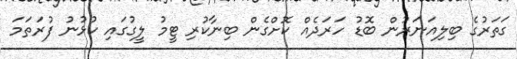
ގަތަރުގެ ބިލިއަނަރުން ބޮޑު ހަރަދެއް ކޮށްގެން ބިނާކުރި ޓީމު ލީގުގައި ކުޅުނު ފުރަތަމަ